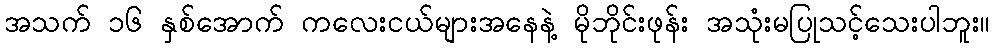
အသက် ၁၆ နှစ်အောက် ကလေးငယ်များအနေနဲ့ မိုဘိုင်းဖုန်း အသုံးမပြုသင့်သေးပါဘူး။